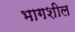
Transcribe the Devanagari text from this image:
भागशील